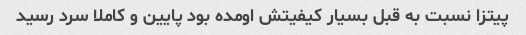
پیتزا نسبت به قبل بسیار کیفیتش اومده بود پایین و کاملا سرد رسید